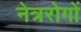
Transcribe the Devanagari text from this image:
नेत्ररोगों